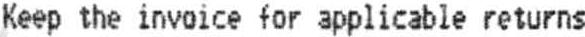
KEEP THE INVOICE FOR APPLICABLE RETURNS